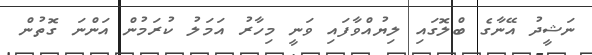
ނަޝީދު އޭނާގެ ބްލޮގައި ލިޔުއްވާފައި ވަނީ މިހާރު އަމަލު ކުރަމުން އަންނަ ގޮތުން